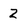
Character: 2